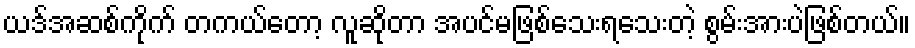
ယဒ်အဆစ်ကိုက် တကယ်တော့ လူဆိုတာ အပင်မဖြစ်သေးရသေးတဲ့ စွမ်းအားပဲဖြစ်တယ်။